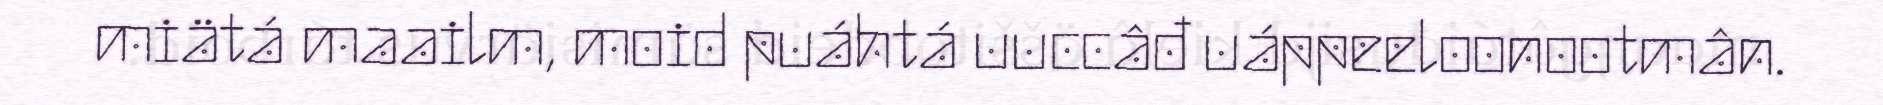
miätá maailm, moid puáhtá uuccâđ uáppeeloonootmân.